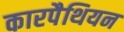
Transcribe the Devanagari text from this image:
कारपैथियन